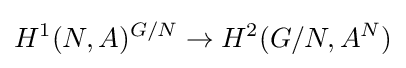
H^{1}(N,A)^{G/N}\to H^{2}(G/N,A^{N})